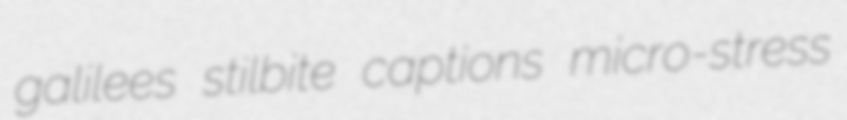
galilees stilbite captions micro-stress